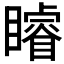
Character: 𥌑